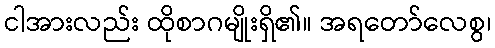
ငါအားလည်း ထိုစာဂမျိုးရှိ၏။ အရတော်လေစွ၊